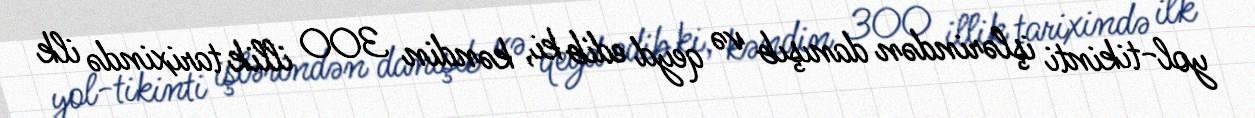
yol-tikinti işlərindən danışıb və qeyd edib ki, kəndin 300 illik tarixində ilk